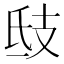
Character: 𢺾